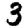
Digit: 3